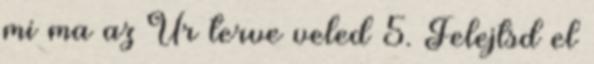
mi ma az Úr terve veled 5. Felejtsd el